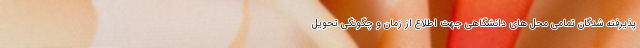
پذیرفته شدگان تمامی محل های دانشگاهی جهت اطلاع از زمان و چگونگی تحویل